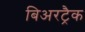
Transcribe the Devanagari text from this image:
बिअरट्रैक